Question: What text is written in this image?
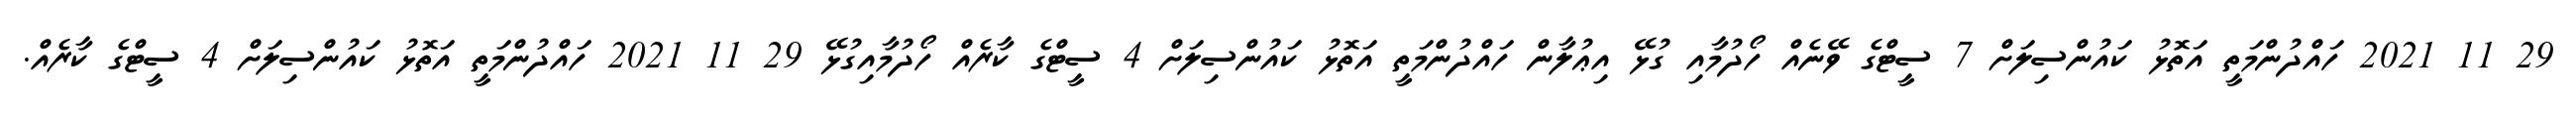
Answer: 29 11 2021 ހައްދުންމަތީ އަތޮޅު ކައުންސިލަށް 7 ސީޓްގެ ވޭނެއް ހޯދުމާއި ގުޅޭ އިޢުލާން ހައްދުންމަތީ އަތޮޅު ކައުންސިލަށް 4 ސީޓްގެ ކާރެއް ހޯދުމާއިގުޅޭ 29 11 2021 ހައްދުންމަތީ އަތޮޅު ކައުންސިލަށް 4 ސީޓްގެ ކާރެއް.